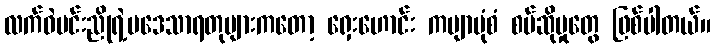
လက်ဝဲမင်းညိုရဲ့ပဒေသာရတုများကတော့ ရှေးဟောင်း ကဗျာပုံစံ စပ်ဆိုမှုတွေ ဖြစ်ပါတယ်။